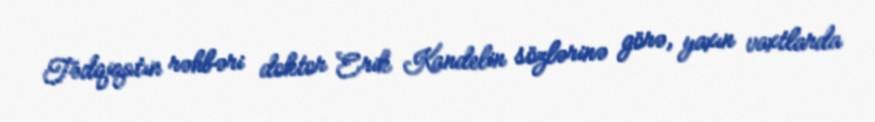
Tədqiqatın rəhbəri doktor Erik Kandelin sözlərinə görə, yaxın vaxtlarda